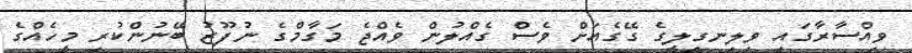
ވިއްސާރާގައި ވިލިނގިލީގެ ގޭގެއަށް ވެސް ގެއްލުން ވެއްޖެ މަގާމްގެ ނުފޫޒު ބޭނުންކުރި މީހެއްގެ